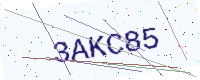
Text: 3AKC85